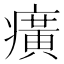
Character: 癀